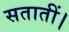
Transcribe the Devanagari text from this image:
सतातीं।